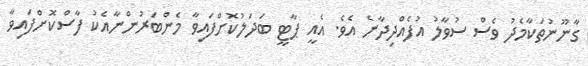
ގާނޫނުތަކާމެދު ވެސް ސުވާލު އުފެއްދިދާނެ އެވެ. އެއީ ޕާޓީ ބަދަލުކޮށްފައިވާ މެންބަރުންނާއެކު ފާސްކޮށްފައިވާ